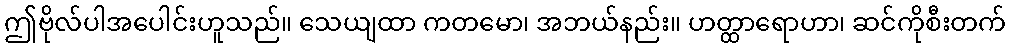
ဤဗိုလ်ပါအပေါင်းဟူသည်။ သေယျထာ ကတမော၊ အဘယ်နည်း။ ဟတ္ထာရောဟာ၊ ဆင်ကိုစီးတက်